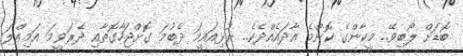
ބޮޑަށް ލޯބިވޭ.. މީކާންގެ ކޮންމެ އާދައެއްދެކެ.. ރުޅިއައީމަ ދެބުމަ ގޮށްޖަހާގޮތާއި ދެރަވީމަ އަމިއްލަ